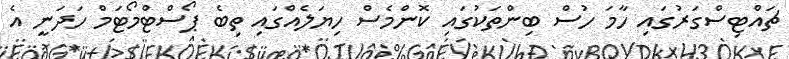
ޗައްޓިސްގަރުގައި ހާމަ ހުސް ބިންތަކުގައި ކޮންމެސް ހިޔަލެއްގައި ތިބެ ޕޯސްޓްމޯޓަމް ހަދަނީ އެ